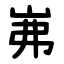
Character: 岪